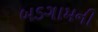
બડગામની